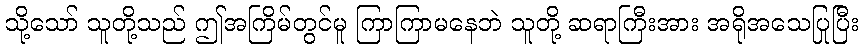
သို့သော် သူတို့သည် ဤအကြိမ်တွင်မူ ကြာကြာမနေဘဲ သူတို့ ဆရာကြီးအား အရိုအသေပြုပြီး